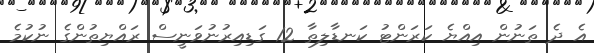
އެ ދެ ތަނުން އިއްޔެ ކަރަންޓު ކަނޑާލިތާ 12 ގަޑިއިރުނުވަނީސް ރައްޔިތުންގެ ނުކުމެ